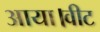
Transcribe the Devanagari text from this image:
आया।वीट